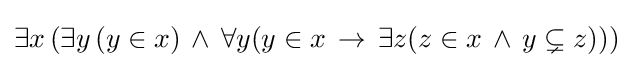
\exists x\,(\exists y\,(y\in x)\,\land \,\forall y(y\in x\,\rightarrow \,\exists z(z\in x\,\land \,y\subsetneq z)))